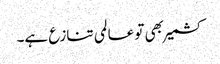
کشمیر بھی تو عالمی تنازع ہے۔